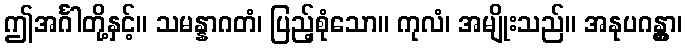
ဤအင်္ဂါတို့နှင့်။ သမန္နာဂတံ၊ ပြည့်စုံသော။ ကုလံ၊ အမျိုးသည်။ အနုပဂန္တွာ၊